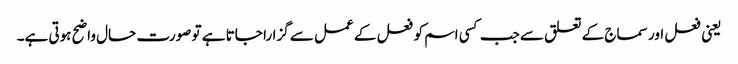
یعنی فعل اور سماج کے تعلق سے جب کسی اسم کو فعل کے عمل سے گزارا جاتا ہے تو صورت حال واضح ہوتی ہے۔